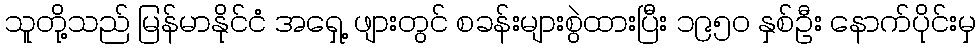
သူတို့သည် မြန်မာနိုင်ငံ အရှေ့ ဖျားတွင် စခန်းများစွဲထားပြီး ၁၉၅၀ နှစ်ဦး နောက်ပိုင်းမှ